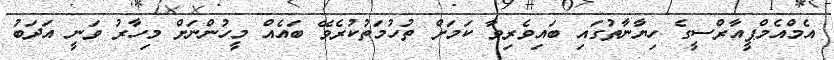
އެމްއެމްޕީއާރްސީގެ ހިޔާނާތުގައި ބައިވެރިވާ ކަމަށް ތުހުމަތުކުރެވޭ ބައެއް މީހުންނަށް މިހާރު ވަނީ އަދަބު